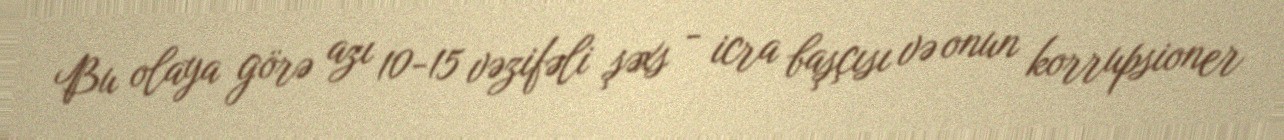
Bu olaya görə azı 10-15 vəzifəli şəxs - icra başçısı və onun korrupsioner